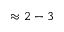
\approx 2 - 3